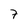
Character: 7